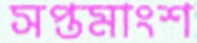
সপ্তমাংশ